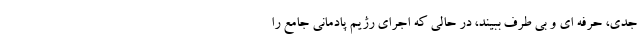
جدی، حرفه ای و بی طرف ببیند، در حالی که اجرای رژیم پادمانی جامع را